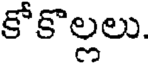
కోకొల్లలు.